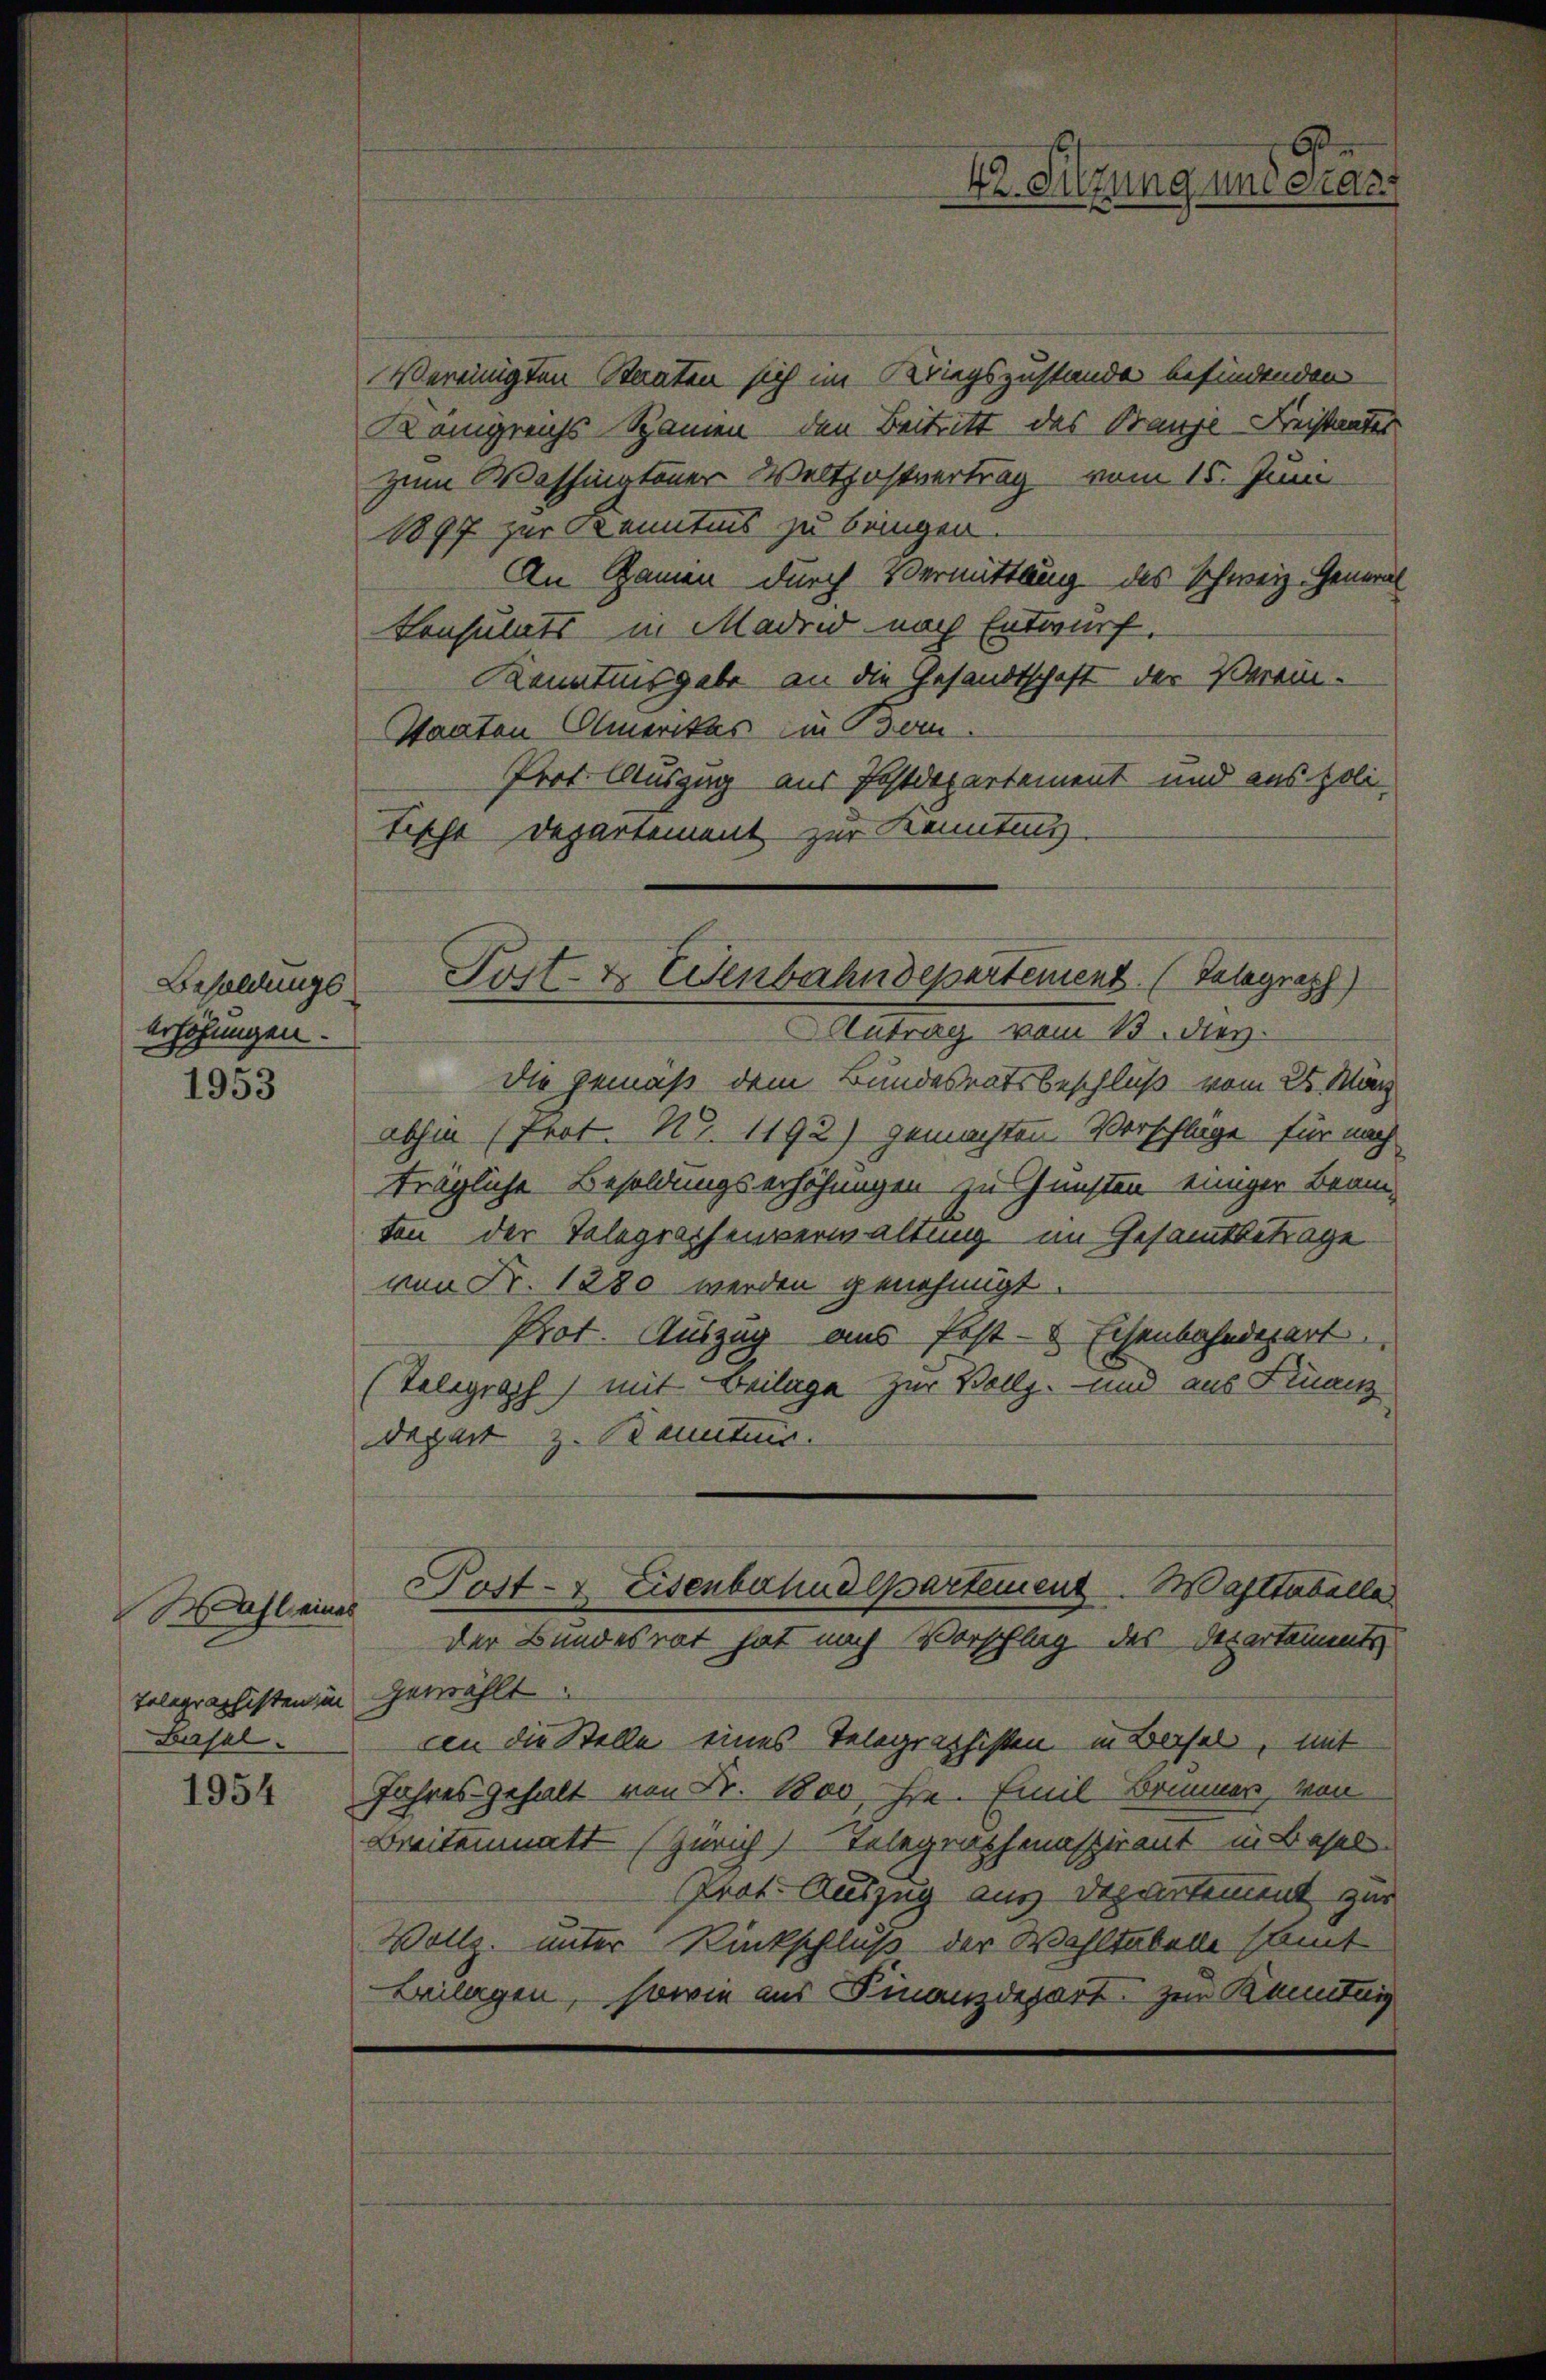
Besoldungserhöhungen.
1953

Wahl eine
Telegraphisten in
Basel.

1954

42. Sitzung und Gras

Vereinigten Staaten sich im Kriegszustande befindenden
Kangreichs-Spanien den Beitritt des Franze Kreistandes
zum Washingtoner Weltpostvertrag vom 15. Juni
1897 zur Kenntnis zu bringen.
An Zamen durch Vermittlung des Schweiz. General
Konsulats in Madrid nach Entwurf.
Kenntnisgabe an die Gesandtschaft der Verein-
Staaten Amerikas ein Bern.
Prof. Auszug aus Postdepartement und aus poli-
Tische Departement zur Kenntung.
Antrag vom 13. des
die gemäß dem Bundesratsbeschluß vom 28. März
abhin (Prot. N. 1192) gemachten Verschläge für nach
trägliche Besoldungserhöhungen zu Gunsten einiger Beam-
ton der Telegraphenverwaltung im Gesamtbetrage
von Fr. 1280 werden genehmigt.
Prot. Auszug aus Erst- & Eisenbahndepart
(Telegraph) mit Beilage zur Vollg. und aus Finanz
degart z. Banntnis.
Post- & Eisenbahndepartement. Waltabelle
der Bundesrat hat nach Vorschlag des Departements
gewählt.
cen die Stelle eines Telegraphisten in Basels, mit
Jahres gehalt von Fr. 1800, hin. Emil Bommer, von
Breitenmatt (Zürich Telegraphenaspirant in Basel
Prot. Auszug aus Departement zur
Vollz. unter Rückschluß der Wohltaben samt
Beilagen, sowie aus Finanzdepart. Zur Kenntnis

Post- & Eenbahndepartement (Telegraph